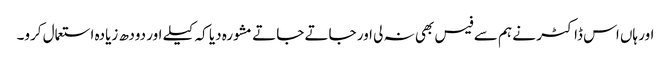
اور ہاں اس ڈاکٹر نے ہم سے فیس بھی نہ لی اور جاتے جاتے مشورہ دیا کہ کیلے اور دودھ زیادہ استعمال کرو۔